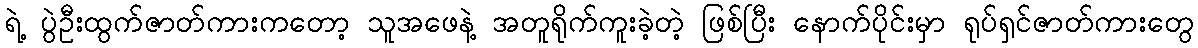
ရဲ့ ပွဲဦးထွက်ဇာတ်ကားကတော့ သူအဖေနဲ့ အတူရိုက်ကူးခဲ့တဲ့ ဖြစ်ပြီး နောက်ပိုင်းမှာ ရုပ်ရှင်ဇာတ်ကားတွေ